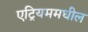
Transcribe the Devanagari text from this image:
एट्रियममधील